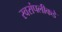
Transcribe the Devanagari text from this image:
स्वरांपलीकडे